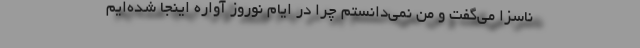
ناسزا می‌گفت و من نمی‌دانستم چرا در ایام نوروز آواره اینجا شده‌ایم